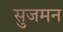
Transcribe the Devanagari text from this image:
सुजमन